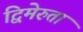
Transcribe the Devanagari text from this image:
द्विमेरुता